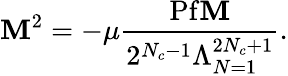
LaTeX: \mathbf{M}^{2}=-\mu\frac{{\mathrm{{Pf}}\mathbf{M}}}{{2^{N_{c}-1}\Lambda_{N=1}^{2N_{c}+1}}}.